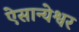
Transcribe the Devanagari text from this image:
ऐसान्येश्वर